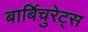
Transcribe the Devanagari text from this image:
बार्बिचुरेट्स